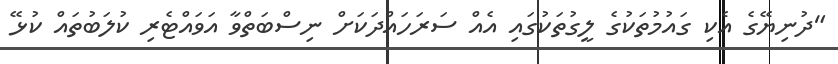
"ދުނިޔޭގެ އެކި ގައުމުތަކުގެ ލީގުތަކުގައި އެއް ސަރަހައްދަކަށް ނިސްބަތްވާ އަވައްޓެރި ކުލަބުތައް ކުޅޭ